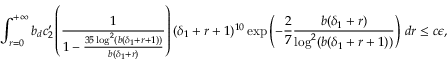
\int _ { r = 0 } ^ { + \infty } b _ { d } c _ { 2 } ^ { \prime } \left( \frac { 1 } { 1 - \frac { 3 5 \log ^ { 2 } ( b ( \delta _ { 1 } + r + 1 ) ) } { b ( \delta _ { 1 } + r ) } } \right) ( \delta _ { 1 } + r + 1 ) ^ { 1 0 } \exp \left( - \frac { 2 } { 7 } \frac { b ( \delta _ { 1 } + r ) } { \log ^ { 2 } ( b ( \delta _ { 1 } + r + 1 ) ) } \right) \, d r \leq c \epsilon ,